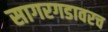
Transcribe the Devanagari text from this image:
सागरगडावरच